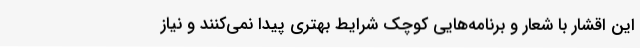
این اقشار با شعار و برنامه‌هایی کوچک شرایط بهتری پیدا نمی‌کنند و نیاز